Leaving Certificate Examination (including Day School Certificate (Higher) General paper), 1927
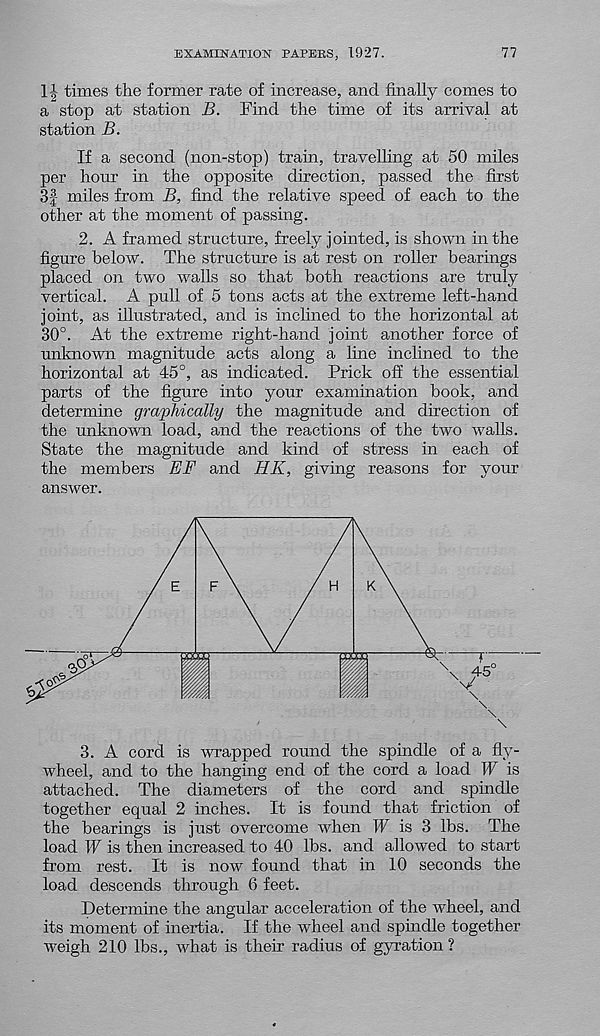
EXAMINATION PAPERS, 1927.
77
11 times the former rate of increase, and finally comes to
a stop at station B. Find the time of its arrival at
station B.
If a second (non-stop) train, travelling at 50 miles
per hour in the opposite direction, passed the first
31 miles from B, find the relative speed of each to the
other at the moment of passing.
2. A framed structure, freely jointed, is shown in the
figure below. The structure is at rest on roller bearings
placed on two walls so that both reactions are truly
vertical. A pull of 5 tons acts at the extreme left-hand
joint, as illustrated, and is inclined to the horizontal at
30°. At the extreme right-hand joint another force of
unknown magnitude acts along a line inclined to the
horizontal at 45°, as indicated. Prick off the essential
parts of the figure into your examination book, and
determine graphically the magnitude and direction of
the unknown load, and the reactions of the two walls.
State the magnitude and kind of stress in each of
the members EF and HK, giving reasons for your
answer.
3. A cord is wrapped round the spindle of a fly-
wheel, and to the hanging end of the cord a load W is
attached. The diameters of the cord and spindle
together equal 2 inches. It is found that friction of
the bearings is just overcome when IF is 3 lbs. The
load IF is then increased to 40 lbs. and allowed to start
from rest. It is now found that in 10 seconds the
load descends through 6 feet.
Determine the angular acceleration of the wheel, and
its moment of inertia. If the wheel and spindle together
weigh 210 lbs., what is their radius of gyration ?